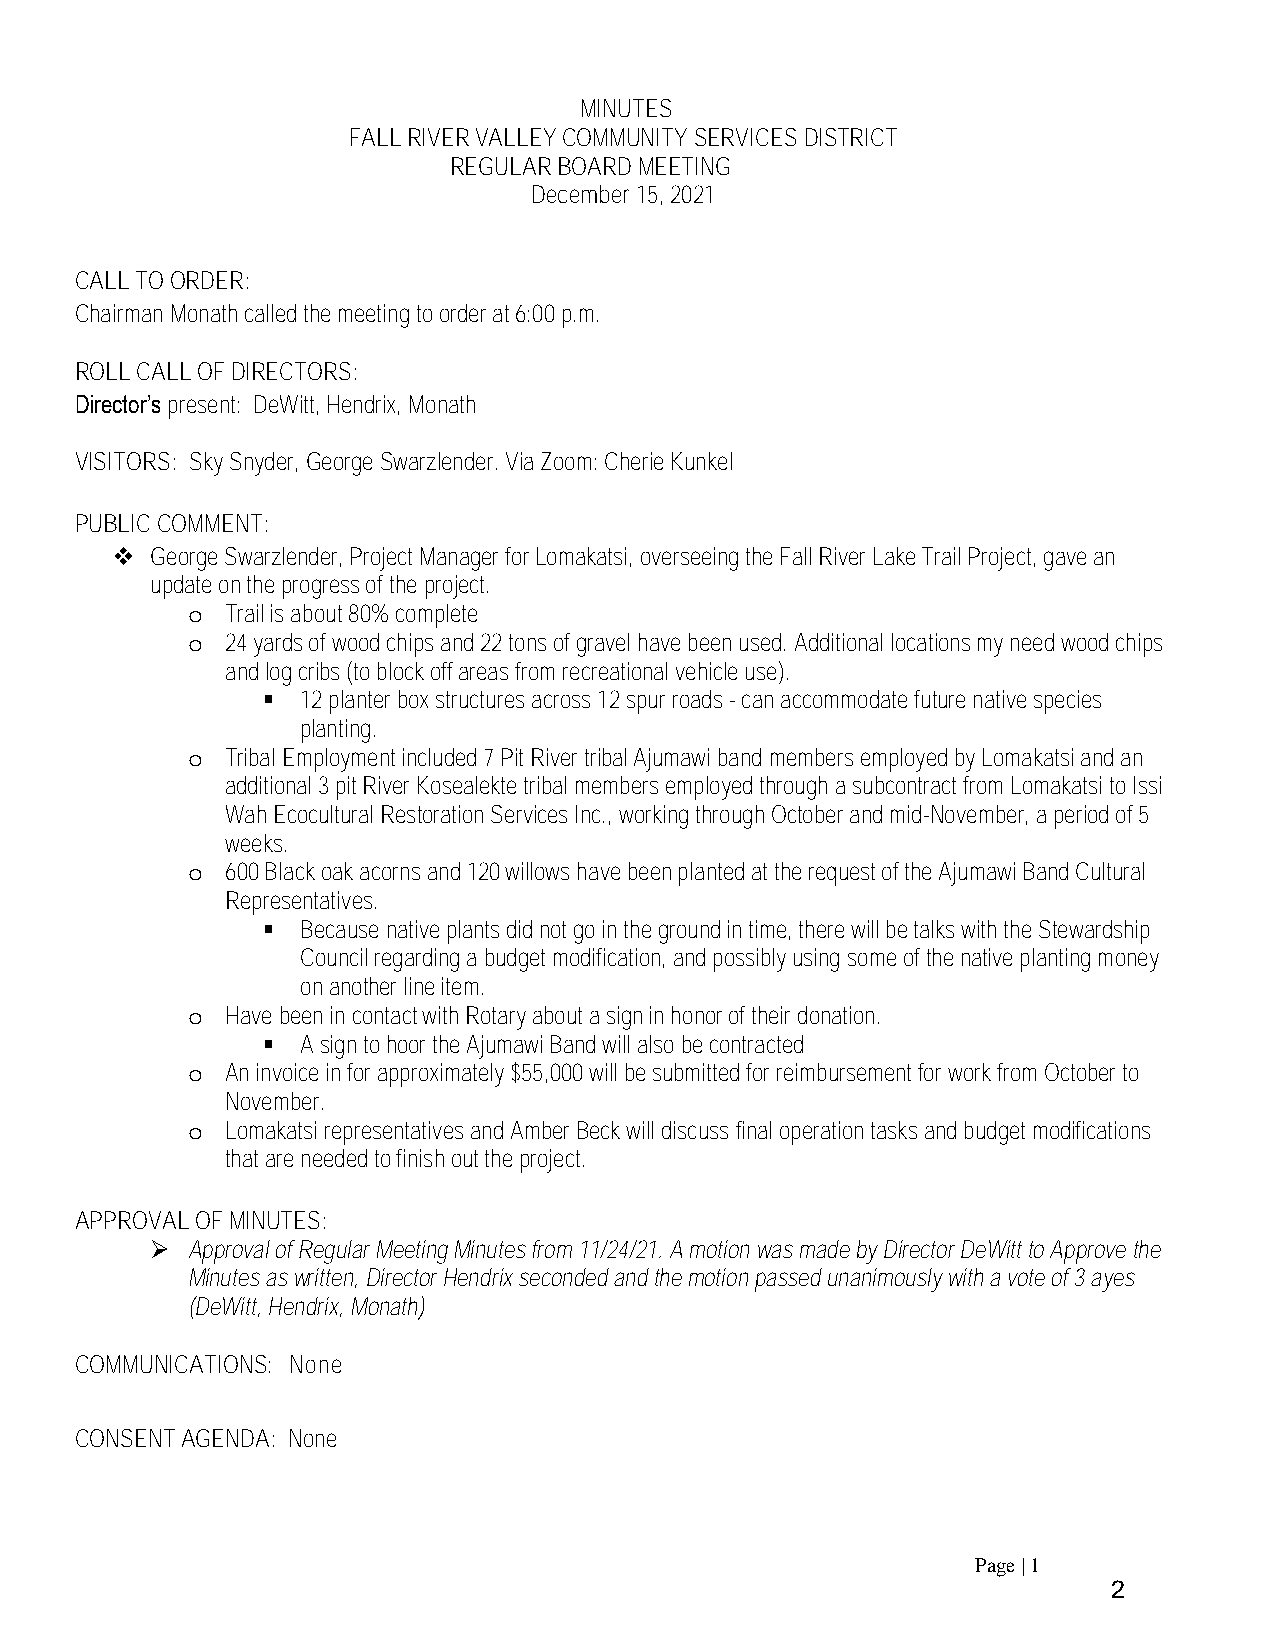
MINUTES
 FALL RIVER VALLEY COMMUNITY SERVICES DISTRICT
 REGULAR BOARD MEETING
 December 15, 2021
 CALL TO ORDER:
 Chairman Monath called the meeting to order at 6:00 p.m.
 ROLL CALL OF DIRECTORS:
 Director’s present: DeWitt, Hendrix, Monath
 VISITORS: Sky Snyder, George Swarzlender. Via Zoom: Cherie Kunkel
 PUBLIC COMMENT:
 ❖  George Swarzlender, Project Manager for Lomakatsi, overseeing the Fall River Lake Trail Project, gave an
 update on the progress of the project.
 o  Trail is about 80% complete
 o  24 yards of wood chips and 22 tons of gravel have been used. Additional locations my need wood chips
 and log cribs (to block off areas from recreational vehicle use).
 ▪  12 planter box structures across 12 spur roads - can accommodate future native species
 planting.
 o  Tribal Employment included 7 Pit River tribal Ajumawi band members employed by Lomakatsi and an
 additional 3 pit River Kosealekte tribal members employed through a subcontract from Lomakatsi to Issi
 Wah Ecocultural Restoration Services Inc., working through October and mid-November, a period of 5
 weeks.
 o  600 Black oak acorns and 120 willows have been planted at the request of the Ajumawi Band Cultural
 Representatives.
 ▪  Because native plants did not go in the ground in time, there will be talks with the Stewardship
 Council regarding a budget modification, and possibly using some of the native planting money
 on another line item.
 o  Have been in contact with Rotary about a sign in honor of their donation.
 ▪  A sign to hoor the Ajumawi Band will also be contracted
 o  An invoice in for approximately $55,000 will be submitted for reimbursement for work from October to
 November.
 o  Lomakatsi representatives and Amber Beck will discuss final operation tasks and budget modifications
 that are needed to finish out the project.
 APPROVAL OF MINUTES:
 ➢ Approval of Regular Meeting Minutes from 11/24/21. A motion was made by Director DeWitt to Approve the
 Minutes as written, Director Hendrix seconded and the motion passed unanimously with a vote of 3 ayes
 (DeWitt, Hendrix, Monath)
 COMMUNICATIONS: None
 CONSENT AGENDA: None
 Page | 1
 2